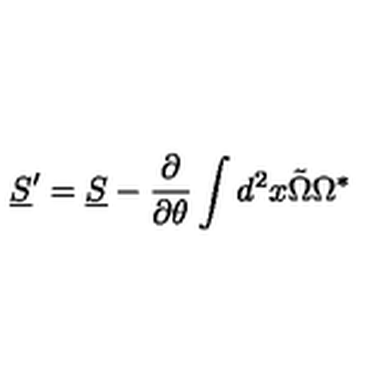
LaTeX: \underline { S } ^ { \prime } = \underline { S } - { \frac { \partial } { \partial \theta } } \int d ^ { 2 } x \tilde { \Omega } \Omega ^ { \ast }